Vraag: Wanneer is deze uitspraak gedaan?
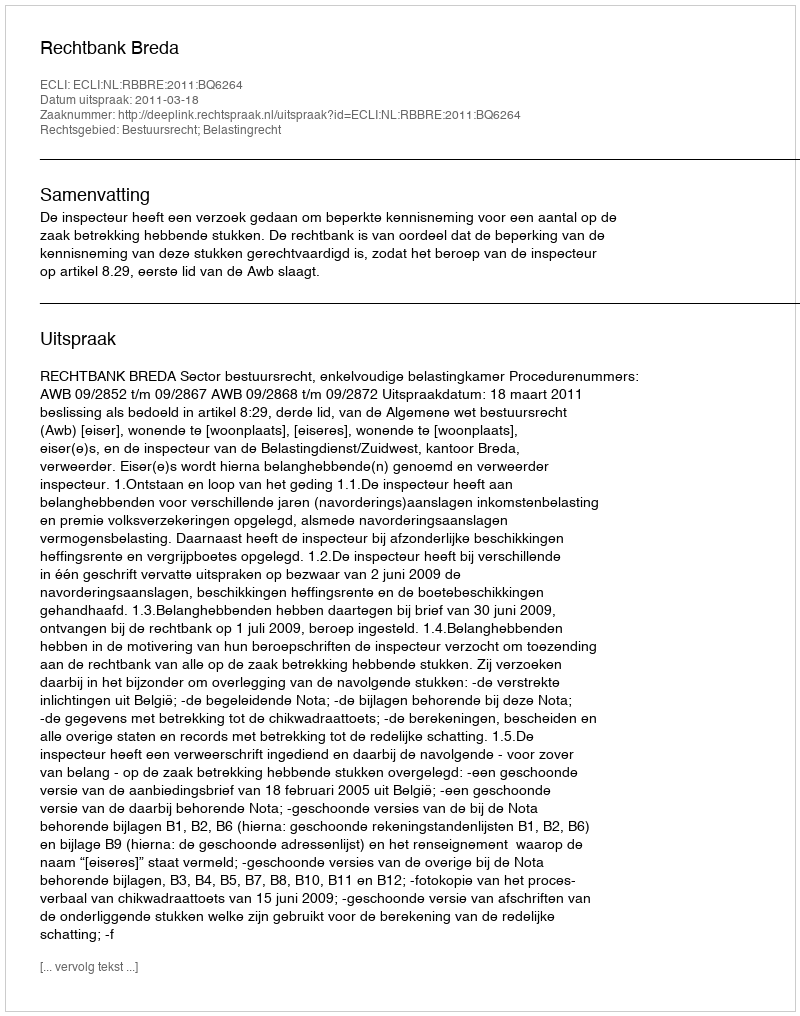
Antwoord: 2011-03-18